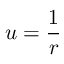
u = { \frac { 1 } { r } }